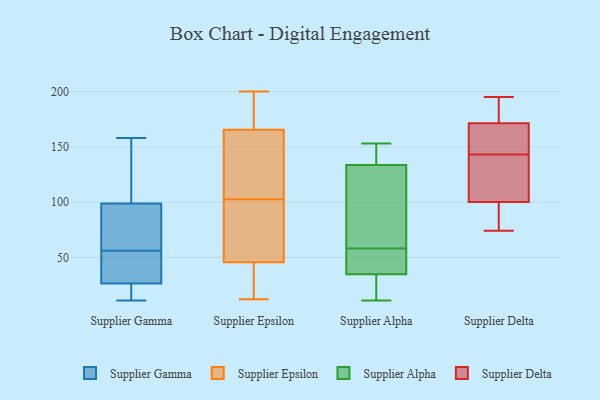
{"axis": {"x": "Shipments", "y": "Value"}, "legend": ["Supplier Alpha", "Supplier Delta", "Supplier Epsilon", "Supplier Gamma"], "data": [{"x": "", "y": 155, "type": "Supplier Gamma"}, {"x": "", "y": 22, "type": "Supplier Gamma"}, {"x": "", "y": 62, "type": "Supplier Gamma"}, {"x": "", "y": 158, "type": "Supplier Gamma"}, {"x": "", "y": 78, "type": "Supplier Gamma"}, {"x": "", "y": 56, "type": "Supplier Gamma"}, {"x": "", "y": 33, "type": "Supplier Gamma"}, {"x": "", "y": 37, "type": "Supplier Gamma"}, {"x": "", "y": 140, "type": "Supplier Gamma"}, {"x": "", "y": 48, "type": "Supplier Gamma"}, {"x": "", "y": 101, "type": "Supplier Gamma"}, {"x": "", "y": 66, "type": "Supplier Gamma"}, {"x": "", "y": 123, "type": "Supplier Gamma"}, {"x": "", "y": 12, "type": "Supplier Gamma"}, {"x": "", "y": 52, "type": "Supplier Gamma"}, {"x": "", "y": 17, "type": "Supplier Gamma"}, {"x": "", "y": 24, "type": "Supplier Gamma"}, {"x": "", "y": 92, "type": "Supplier Gamma"}, {"x": "", "y": 11, "type": "Supplier Gamma"}, {"x": "", "y": 115, "type": "Supplier Epsilon"}, {"x": "", "y": 194, "type": "Supplier Epsilon"}, {"x": "", "y": 12, "type": "Supplier Epsilon"}, {"x": "", "y": 162, "type": "Supplier Epsilon"}, {"x": "", "y": 163, "type": "Supplier Epsilon"}, {"x": "", "y": 200, "type": "Supplier Epsilon"}, {"x": "", "y": 51, "type": "Supplier Epsilon"}, {"x": "", "y": 40, "type": "Supplier Epsilon"}, {"x": "", "y": 90, "type": "Supplier Epsilon"}, {"x": "", "y": 154, "type": "Supplier Epsilon"}, {"x": "", "y": 187, "type": "Supplier Epsilon"}, {"x": "", "y": 35, "type": "Supplier Epsilon"}, {"x": "", "y": 168, "type": "Supplier Epsilon"}, {"x": "", "y": 55, "type": "Supplier Epsilon"}, {"x": "", "y": 22, "type": "Supplier Epsilon"}, {"x": "", "y": 85, "type": "Supplier Epsilon"}, {"x": "", "y": 38, "type": "Supplier Alpha"}, {"x": "", "y": 130, "type": "Supplier Alpha"}, {"x": "", "y": 151, "type": "Supplier Alpha"}, {"x": "", "y": 58, "type": "Supplier Alpha"}, {"x": "", "y": 60, "type": "Supplier Alpha"}, {"x": "", "y": 24, "type": "Supplier Alpha"}, {"x": "", "y": 145, "type": "Supplier Alpha"}, {"x": "", "y": 108, "type": "Supplier Alpha"}, {"x": "", "y": 11, "type": "Supplier Alpha"}, {"x": "", "y": 111, "type": "Supplier Alpha"}, {"x": "", "y": 55, "type": "Supplier Alpha"}, {"x": "", "y": 144, "type": "Supplier Alpha"}, {"x": "", "y": 25, "type": "Supplier Alpha"}, {"x": "", "y": 23, "type": "Supplier Alpha"}, {"x": "", "y": 55, "type": "Supplier Alpha"}, {"x": "", "y": 153, "type": "Supplier Alpha"}, {"x": "", "y": 55, "type": "Supplier Alpha"}, {"x": "", "y": 84, "type": "Supplier Delta"}, {"x": "", "y": 160, "type": "Supplier Delta"}, {"x": "", "y": 85, "type": "Supplier Delta"}, {"x": "", "y": 103, "type": "Supplier Delta"}, {"x": "", "y": 99, "type": "Supplier Delta"}, {"x": "", "y": 195, "type": "Supplier Delta"}, {"x": "", "y": 143, "type": "Supplier Delta"}, {"x": "", "y": 193, "type": "Supplier Delta"}, {"x": "", "y": 175, "type": "Supplier Delta"}, {"x": "", "y": 152, "type": "Supplier Delta"}, {"x": "", "y": 144, "type": "Supplier Delta"}, {"x": "", "y": 74, "type": "Supplier Delta"}, {"x": "", "y": 110, "type": "Supplier Delta"}, {"x": "", "y": 107, "type": "Supplier Delta"}, {"x": "", "y": 194, "type": "Supplier Delta"}]}